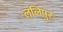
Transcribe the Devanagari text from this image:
ललिपुर